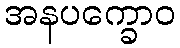
အနပက္ခောဝ